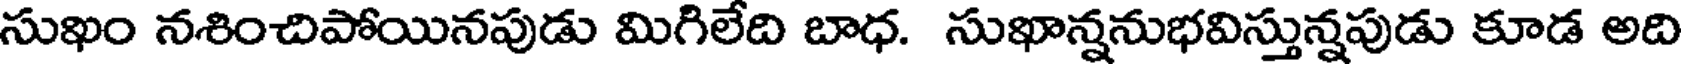
సుఖం నశించిపోయినపుడు మిగిలేది బాధ. సుఖాన్ననుభవిస్తున్నపుడు కూడ అది